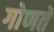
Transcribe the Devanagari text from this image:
गोणते